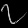
Digit: ၇